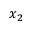
x _ { 2 }